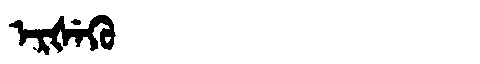
Manchu: ᡝᡵᡧᡝᡴᡠ
Romanization: ERŠEKU